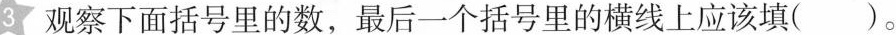
3 观察下面括号里的数，最后一个括号里的横线上应该填( )。